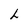
Character: h